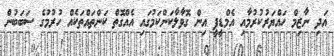
އަދި ނާޒިމް ހައްޔަރުކުރުމާއި އެމްޑީޕީ އިން ގޮވާލާކަންކަމުގައި އެއްގޮތް ކަންތައްތަކެއް ހުރުމުގެ ސަބަބުން